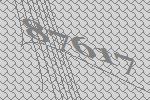
87617